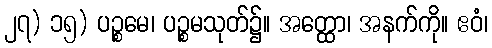
၂၇) ၁၅) ပဉ္စမေ၊ ပဉ္စမသုတ်၌။ အတ္ထော၊ အနက်ကို။ ဧဝံ၊